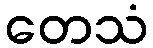
တေသံ